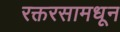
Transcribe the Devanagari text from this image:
रक्तरसामधून